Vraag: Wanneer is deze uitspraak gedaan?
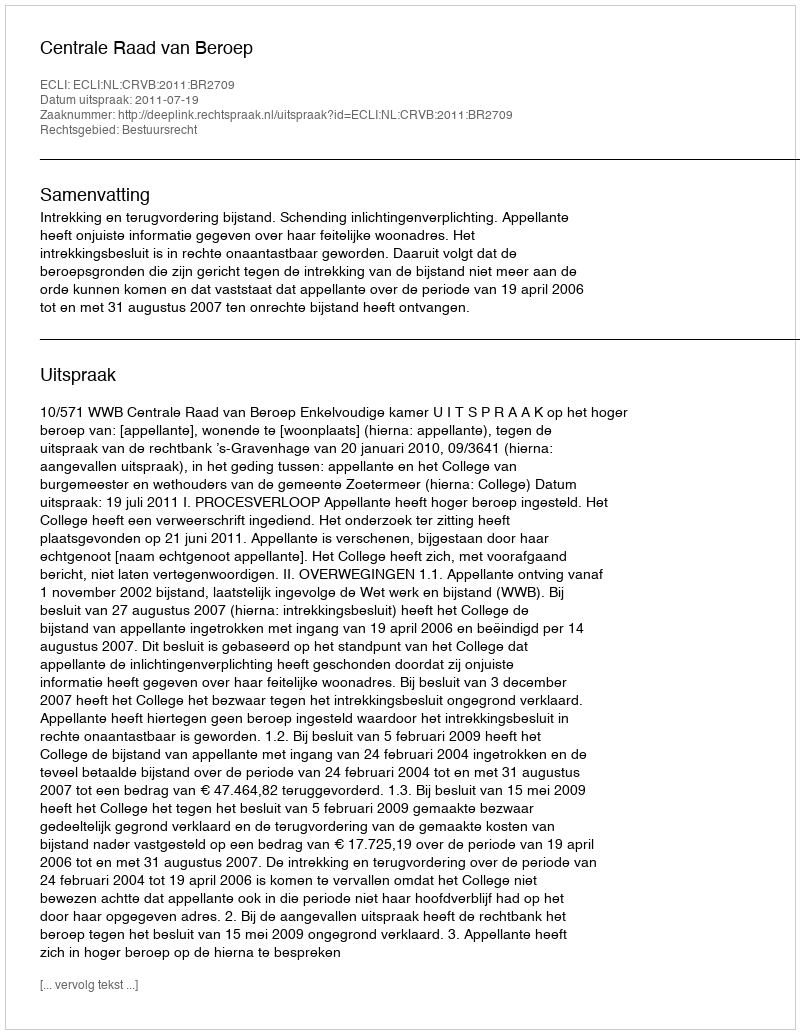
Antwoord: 2011-07-19